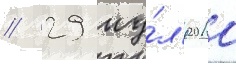
// 29 иу́л'я 2010